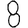
Digit: 8